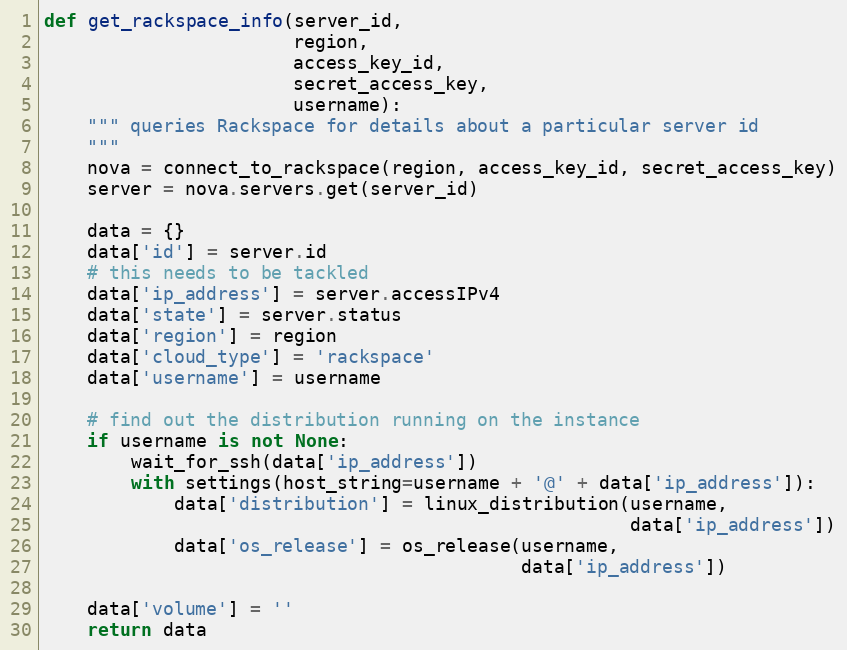
Language: Python
def get_rackspace_info(server_id,
                       region,
                       access_key_id,
                       secret_access_key,
                       username):
    """ queries Rackspace for details about a particular server id
    """
    nova = connect_to_rackspace(region, access_key_id, secret_access_key)
    server = nova.servers.get(server_id)

    data = {}
    data['id'] = server.id
    # this needs to be tackled
    data['ip_address'] = server.accessIPv4
    data['state'] = server.status
    data['region'] = region
    data['cloud_type'] = 'rackspace'
    data['username'] = username

    # find out the distribution running on the instance
    if username is not None:
        wait_for_ssh(data['ip_address'])
        with settings(host_string=username + '@' + data['ip_address']):
            data['distribution'] = linux_distribution(username,
                                                      data['ip_address'])
            data['os_release'] = os_release(username,
                                            data['ip_address'])

    data['volume'] = ''
    return data